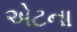
એટના